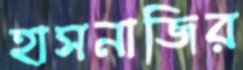
হাসনাজির